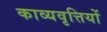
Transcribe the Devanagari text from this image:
काव्यवृत्तियों